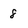
Character: 8